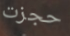
حجزت